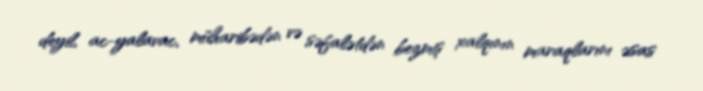
deyil, ac-yalavac, müharibədən və səfalətdən bezmiş xalqının maraqlarını əsas